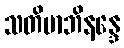
သတိမာဘိနန္ဒေ